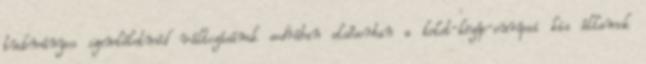
tudományos szemléletmód változásának sodrában elsősorban a kelet-közép-európai kis államok